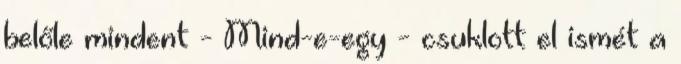
belőle mindent - Mind-e-egy - csuklott el ismét a